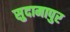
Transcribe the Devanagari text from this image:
सुदामापुर